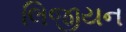
લિજીયન